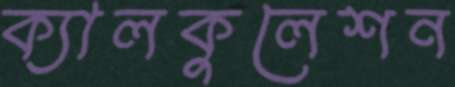
ক্যালকুলেশন